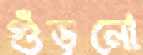
গুঁড়নো